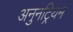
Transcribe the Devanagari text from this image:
अनुनट्रियम